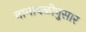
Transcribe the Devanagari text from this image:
नामावळीनुसार